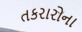
તકરારોના